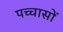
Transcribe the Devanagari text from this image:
पच्चासों